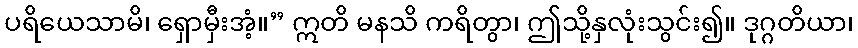
ပရိယေသာမိ၊ ရှောမှီးအံ့။” ဣတိ မနသိ ကရိတွာ၊ ဤသို့နှလုံးသွင်း၍။ ဒုဂ္ဂတိယာ၊